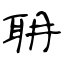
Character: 耼